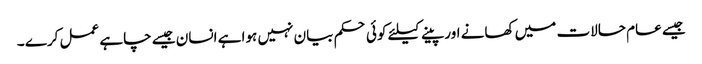
جیسے عام حالات میں کھانے اور پینے کیلئے کوئی حکم بیان نہیں ہوا ہے انسان جیسے چاہے عمل کرے ۔